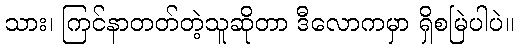
သား၊ ကြင်နာတတ်တဲ့သူဆိုတာ ဒီလောကမှာ ရှိစမြဲပါပဲ။